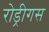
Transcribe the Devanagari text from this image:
रोड्रीगस